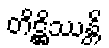
တိဋ္ဌိဿန္တိ